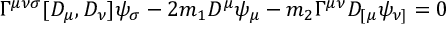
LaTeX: \Gamma ^ { \mu \nu \sigma } [ D _ { \mu } , D _ { \nu } ] \psi _ { \sigma } - 2 m _ { 1 } D ^ { \mu } \psi _ { \mu } - m _ { 2 } \Gamma ^ { \mu \nu } D _ { [ \mu } \psi _ { \nu ] } = 0